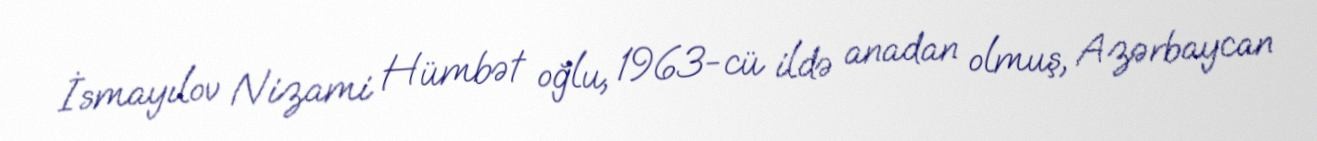
İsmayılov Nizami Hümbət oğlu, 1963-cü ildə anadan olmuş, Azərbaycan